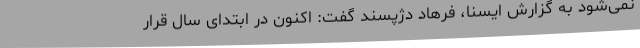
نمی‌شود به گزارش ایسنا، فرهاد دژپسند گفت: اکنون در ابتدای سال قرار